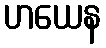
ဟယေန